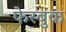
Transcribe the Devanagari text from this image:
फेस्बुक